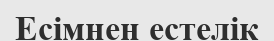
Есімнен естелік